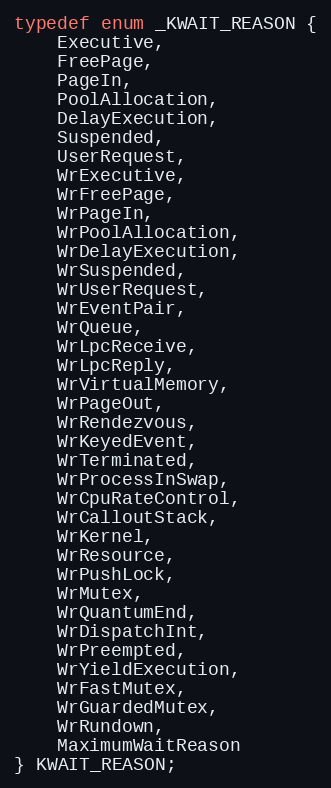
Language: C
typedef enum _KWAIT_REASON {
	Executive,
	FreePage,
	PageIn,
	PoolAllocation,
	DelayExecution,
	Suspended,
	UserRequest,
	WrExecutive,
	WrFreePage,
	WrPageIn,
	WrPoolAllocation,
	WrDelayExecution,
	WrSuspended,
	WrUserRequest,
	WrEventPair,
	WrQueue,
	WrLpcReceive,
	WrLpcReply,
	WrVirtualMemory,
	WrPageOut,
	WrRendezvous,
	WrKeyedEvent,
	WrTerminated,
	WrProcessInSwap,
	WrCpuRateControl,
	WrCalloutStack,
	WrKernel,
	WrResource,
	WrPushLock,
	WrMutex,
	WrQuantumEnd,
	WrDispatchInt,
	WrPreempted,
	WrYieldExecution,
	WrFastMutex,
	WrGuardedMutex,
	WrRundown,
	MaximumWaitReason
} KWAIT_REASON;